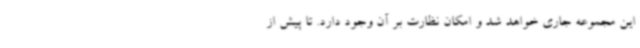
این مجموعه جاری خواهد شد و امکان نظارت بر آن وجود دارد. تا پیش از